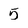
Character: 5